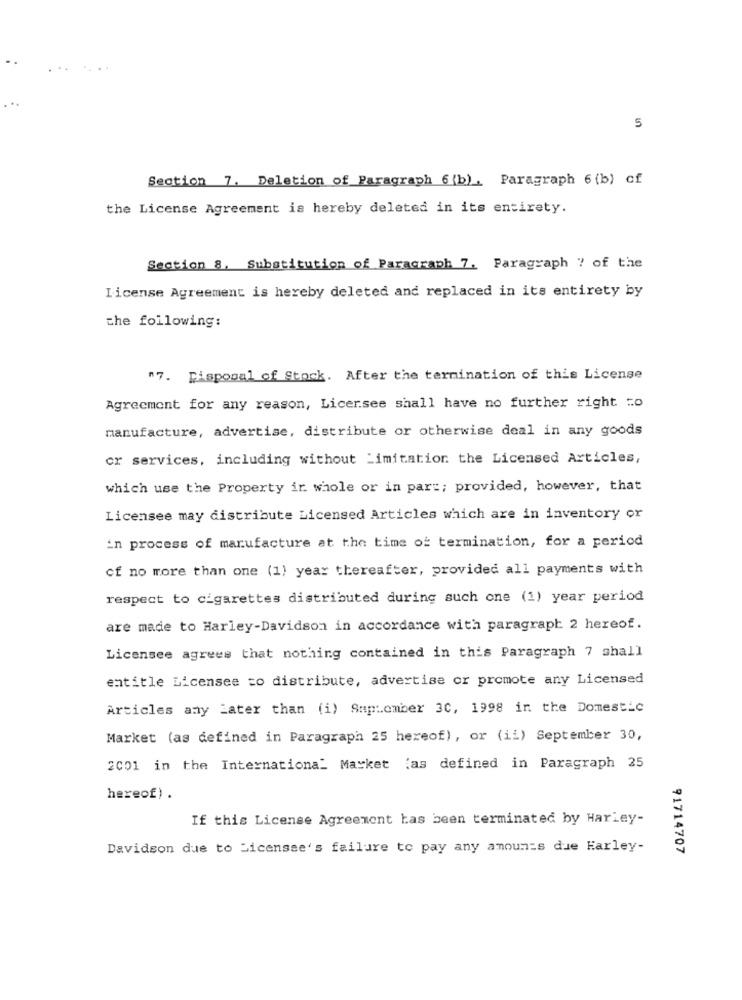
5
Section 7. Deletion of Paragraph 6(b). Paragraph 6 (b) of
the License Agreement is hereby deleted in its entirety.
Section 8, Substitution of Paragraph 7. Paragraph ? of the
License Agreement is hereby deleted and replaced in its entirety by
the following:
"7. Disposal of Stock. After the termination of this License
Agreement for any reason, Licersee shall have no further right to
manufacture, advertise, distribute or otherwise deal in any goods
or services, including without Limitation the Licensed Articles,
which use the Property ir whole or in part; provided, however, that
Licensee may distribute Licensed Articles which are in inventory or
in process of manufacture at the time of termination, for a period
cf no more than one (1) year thereafter, provided all payments with
respect to cigarettes distributed during such one (1) year period
are made to Harley-Davidson in accordance with paragraph 2 hereof.
Licensee agrees that nothing contained in this Paragraph 7 shall
entitle Licensee to distribute, advertise or promote any Licensed
Articles any Later than (i) Saplomber 30, 1998 in the Domestic
Market (as defined in Paragraph 25 hereof), or (ii) September 30,
2001 in the International Market (as defined in Paragraph 25
hereof) .
If this License Agreement has been terminated by Harley-
Davidson due to Licensee's failure to pay any amounts due Harley-
91714707